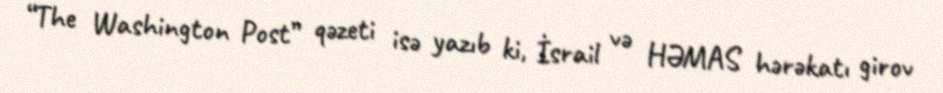
“The Washington Post” qəzeti isə yazıb ki, İsrail və HƏMAS hərəkatı girov